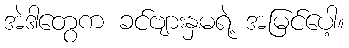
အဲဒါတွေက ခင်ဗျားနှမရဲ့ အမြင်ပေါ့။